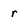
Character: r